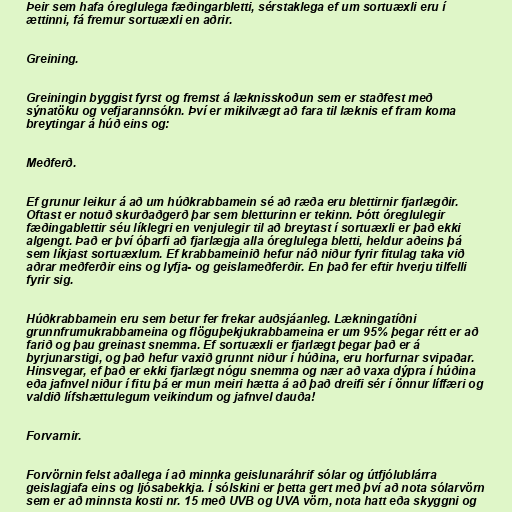
Þeir sem hafa óreglulega fæðingarbletti, sérstaklega ef um sortuæxli eru í
ættinni, fá fremur sortuæxli en aðrir.

Greining.

Greiningin byggist fyrst og fremst á læknisskoðun sem er staðfest með
sýnatöku og vefjarannsókn. Því er mikilvægt að fara til læknis ef fram koma
breytingar á húð eins og:

Meðferð.

Ef grunur leikur á að um húðkrabbamein sé að ræða eru blettirnir fjarlægðir.
Oftast er notuð skurðaðgerð þar sem bletturinn er tekinn. Þótt óreglulegir
fæðingablettir séu líklegri en venjulegir til að breytast í sortuæxli er það ekki
algengt. Það er því óþarfi að fjarlægja alla óreglulega bletti, heldur aðeins þá
sem líkjast sortuæxlum. Ef krabbameinið hefur náð niður fyrir fitulag taka við
aðrar meðferðir eins og lyfja- og geislameðferðir. En það fer eftir hverju tilfelli
fyrir sig.

Húðkrabbamein eru sem betur fer frekar auðsjáanleg. Lækningatíðni
grunnfrumukrabbameina og flöguþekjukrabbameina er um 95% þegar rétt er að
farið og þau greinast snemma. Ef sortuæxli er fjarlægt þegar það er á
byrjunarstigi, og það hefur vaxið grunnt niður í húðina, eru horfurnar svipaðar.
Hinsvegar, ef það er ekki fjarlægt nógu snemma og nær að vaxa dýpra í húðina
eða jafnvel niður í fitu þá er mun meiri hætta á að það dreifi sér í önnur líffæri og
valdið lífshættulegum veikindum og jafnvel dauða!

Forvarnir.

Forvörnin felst aðallega í að minnka geislunaráhrif sólar og útfjólublárra
geislagjafa eins og ljósabekkja. Í sólskini er þetta gert með því að nota sólarvörn
sem er að minnsta kosti nr. 15 með UVB og UVA vörn, nota hatt eða skyggni og